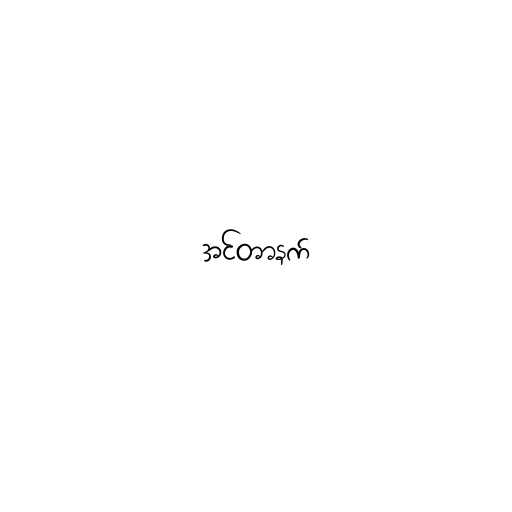
အင်တာနက်